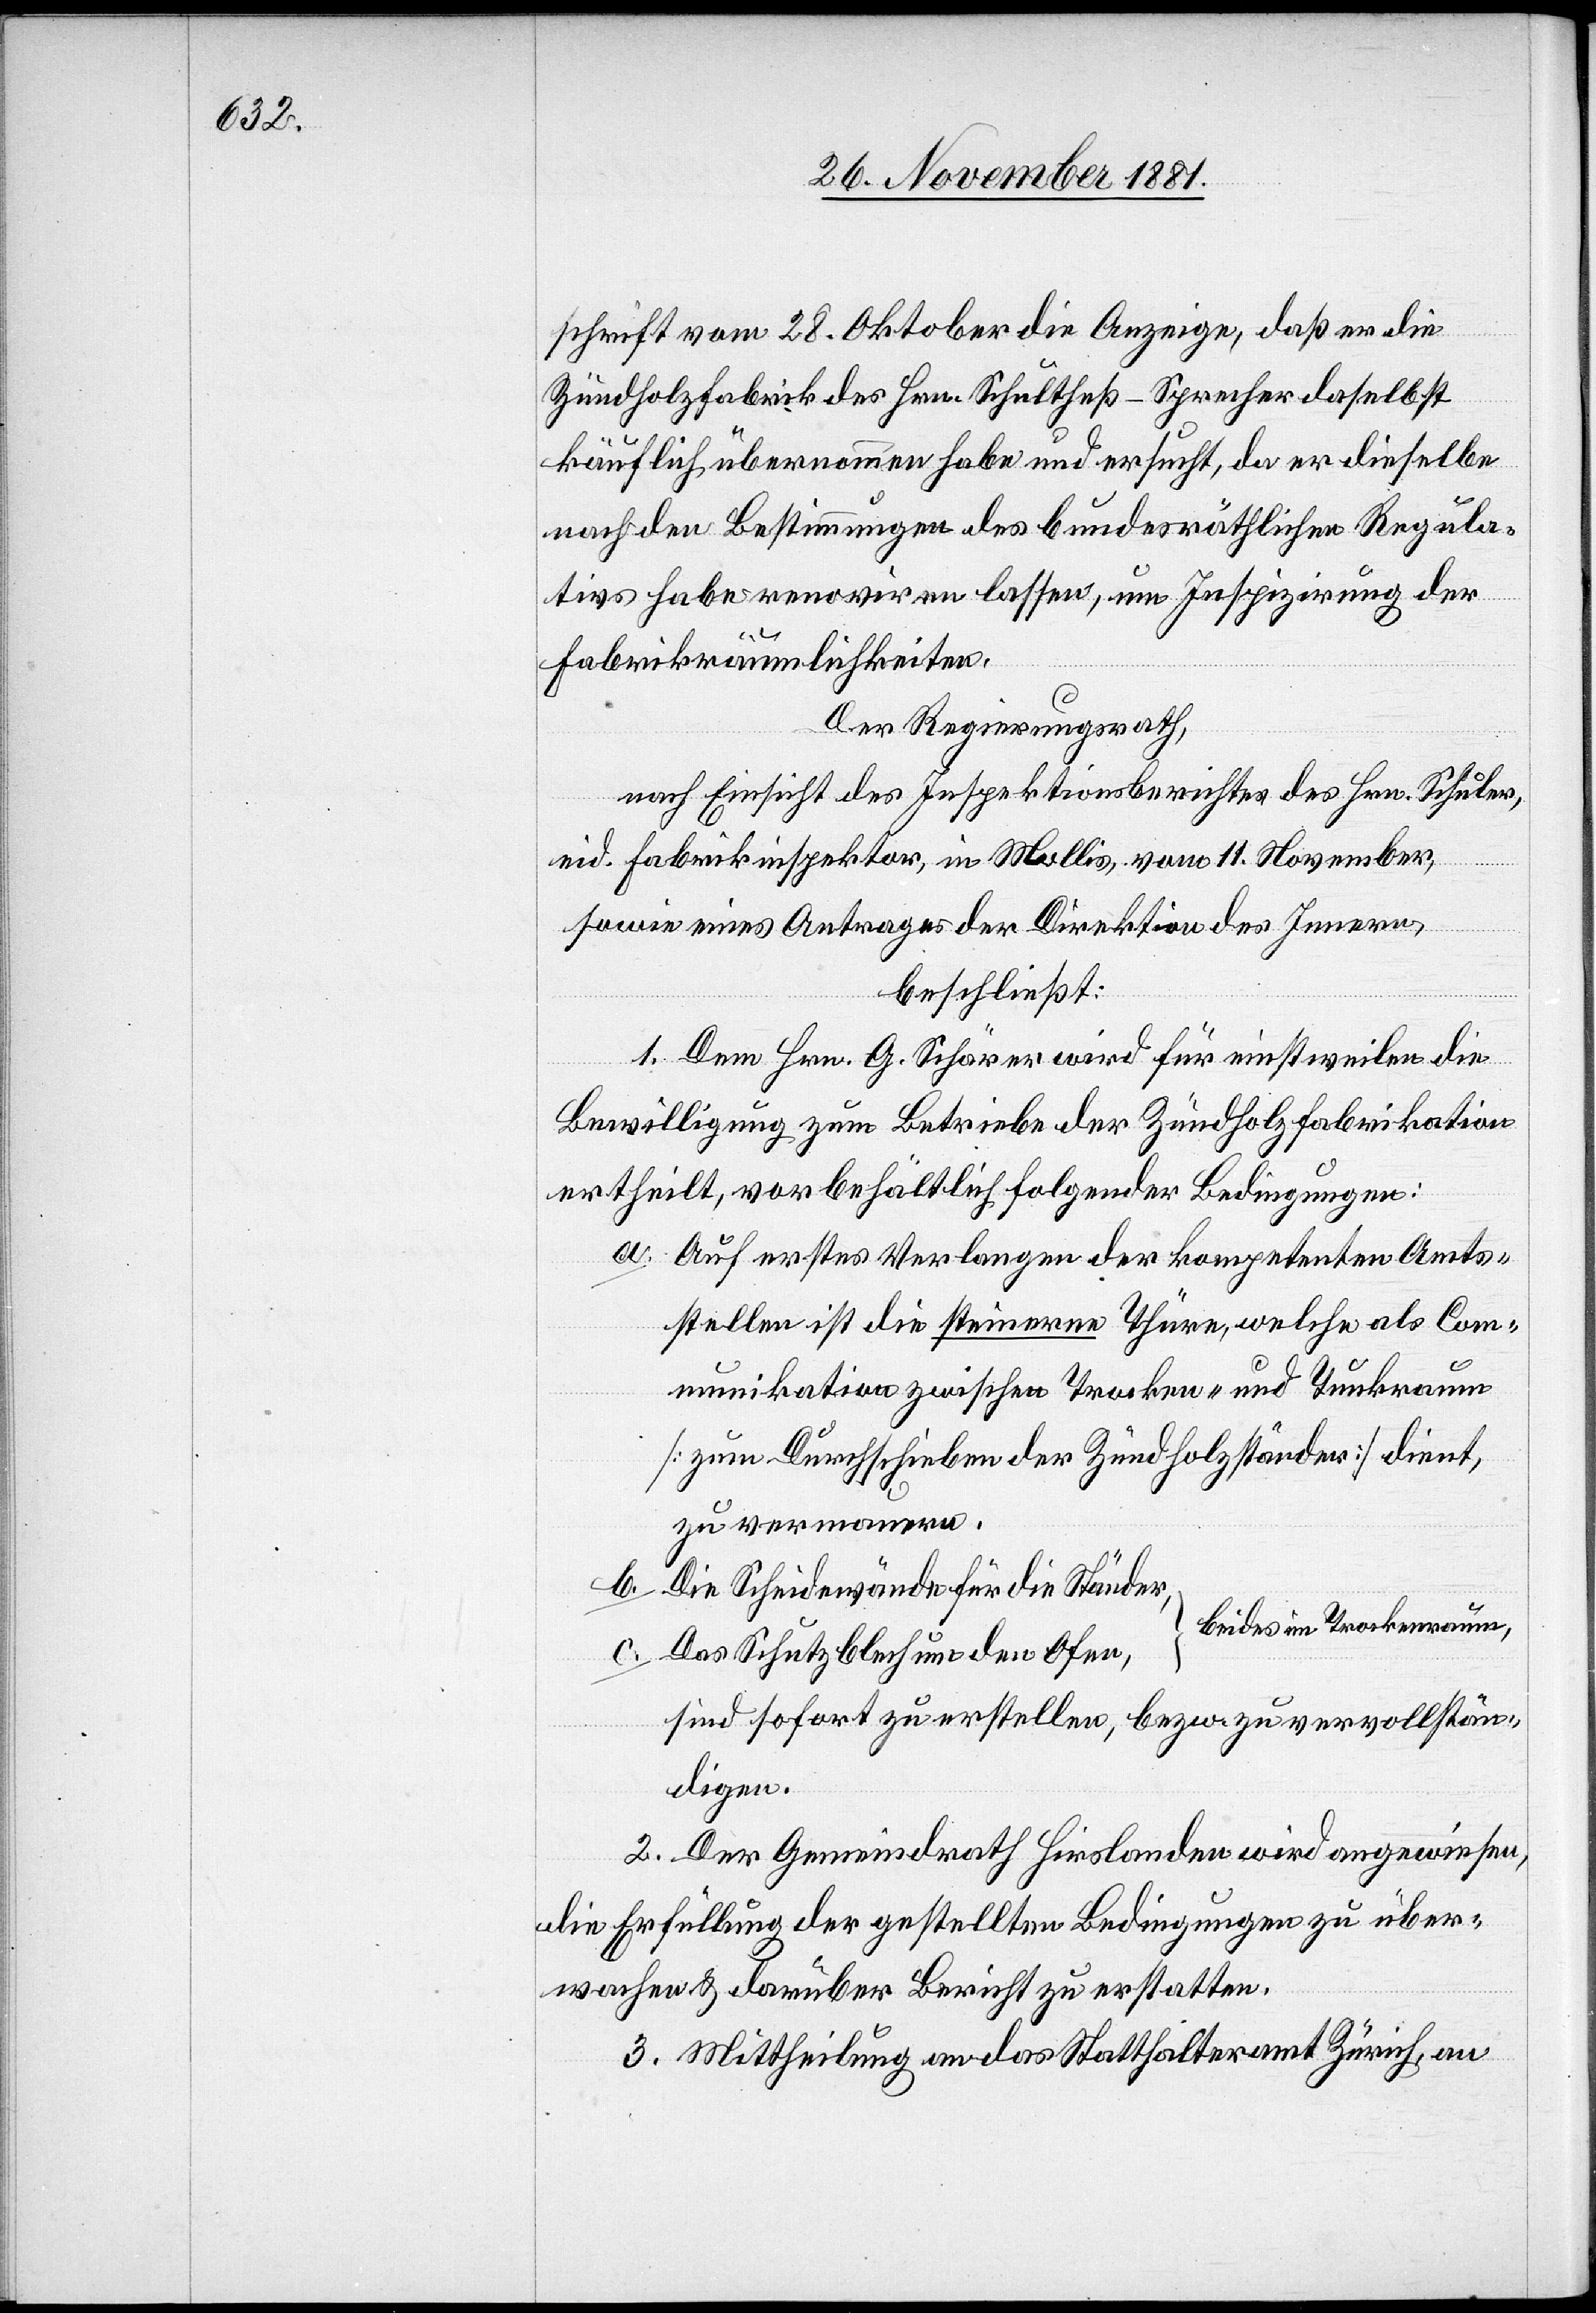
schrift vom 28. Oktober die Anzeige, daß er die
Zündholzfabrik des Hrn. Schultheß-Sprecher daselbst
käuflich übernommen habe und ersucht, da er dieselbe
nach den Bestimmungen des bundesräthlichen Regula¬
tivs habe renoviren lassen, um Inspizirung der
Fabrikräumlichkeiten.
Der Regierungsrath,
nach Einsicht des Inspektionsberichtes des Hrn. Schuler,
eid. Fabrikinspektor, in Mollis, vom 11. November,
sowie eines Antrages der Direktion des Innern,
beschließt:
1. Dem Hrn. G. Schärer wird für einstweilen die
Bewilligung zum Betriebe der Zündholzfabrikation
ertheilt, vorbehältlich folgender Bedingungen:
a. Auf erstes Verlangen der kompetenten Amts¬
stellen ist die steinerne Thüre, welche als Com¬
munikation zwischen Trocken- und Tunkraum
[zum Durchschieben der Zündholzständer] dient,
zu vermauern.
b. Die Scheidewände für die Ständer,
beides im Trockenraum,
c. Das Schutzblech um den Ofen,
sind sofort zu erstellen, bezw. zu vervollstän¬
digen.
2. Der Gemeindrath Hirslanden wird angewiesen,
die Erfüllung der gestellten Bedingungen zu über¬
wachen & darüber Bericht zu erstatten.
3. Mittheilung an das Statthalteramt Zürich, an